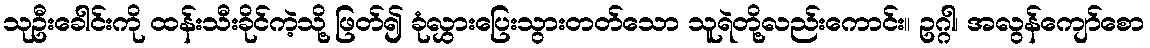
သုဦးခေါင်းကို ထန်းသီးခိုင်ကဲ့သို့ ဖြတ်၍ ခုံလွှားပြေးသွားတတ်သော သူရဲတို့လည်းကောင်း။ ဥဂ္ဂါ၊ အလွန်ကျော်စော